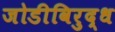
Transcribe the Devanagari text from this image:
जोडीविरुद्ध